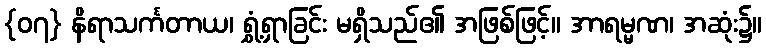
{၀၇} နိရာသင်္ကတာယ၊ ရွှံ့ရှာခြင်း မရှိသည်၏ အဖြစ်ဖြင့်။ အာရမ္မဏ၊ အဆုံး၌။